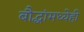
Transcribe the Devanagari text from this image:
बौद्धांमध्येही